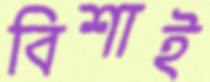
বিশাই